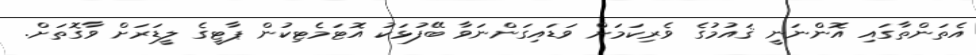
އެތަންތާގައި އޮންނަނީ ޤައުމުގެ ވެރިކަމަށް ވަޑައިގަންނަވާ ބޭފުޅަކު އޮޓަމެޓިކުން ޕާޓީގެ ލީޑަރަށް ވާގޮތަށް.